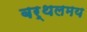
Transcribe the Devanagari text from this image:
बर्थलमय